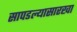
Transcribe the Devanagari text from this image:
सापडल्यासारखा